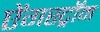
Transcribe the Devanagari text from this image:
ऐंगस्ट्रॉम